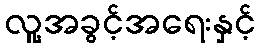
လူ့အခွင့်အရေးနှင့်